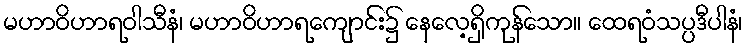
မဟာဝိဟာရဝါသီနံ၊ မဟာဝိဟာရကျောင်း၌ နေလေ့ရှိကုန်သော။ ထေရဝံသပ္ပဒီပါနံ၊